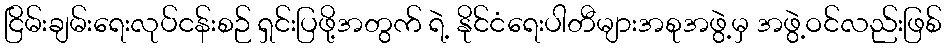
ငြိမ်းချမ်းရေးလုပ်ငန်းစဉ် ရှင်းပြဖို့အတွက် ရဲ့ နိုင်ငံရေးပါတီများအစုအဖွဲ့မှ အဖွဲ့ဝင်လည်းဖြစ်